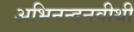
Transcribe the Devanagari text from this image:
अभिनन्दनवीथी